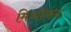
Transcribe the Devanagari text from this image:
मिश्रीकंद